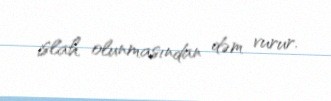
islah olunmasından dəm vurur.